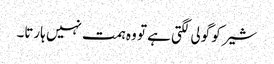
شیر کو گولی لگتی ہے تو وہ ہمت نہیں ہارتا۔